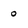
Character: o